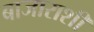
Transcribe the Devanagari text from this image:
बाजाराशीं